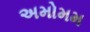
અમોમમ